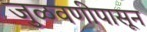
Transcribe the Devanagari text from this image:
जुळवणीपासून